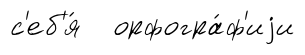
с'еб'я́ орфогра́ф'иjи